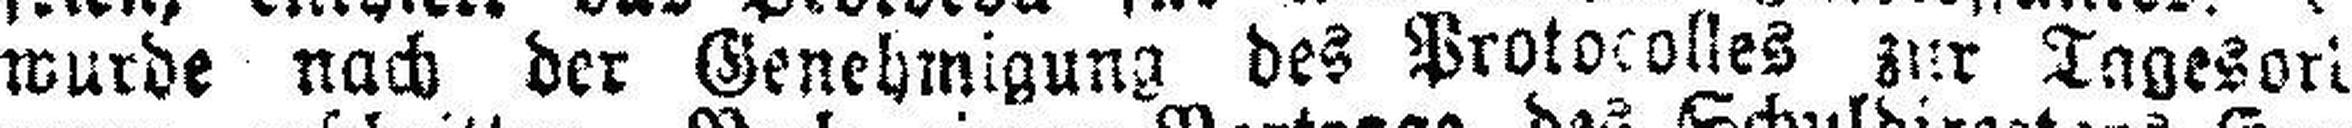
wurde nach der Genehmigung des Protocolles zur Tagesor###